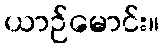
ယာဉ်မောင်း။